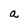
Character: a